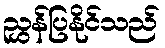
ညွှန်ပြနိုင်သည်